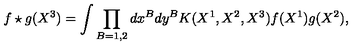
f \star g ( X ^ { 3 } ) = \int \prod _ { B = 1 , 2 } d x ^ { B } d y ^ { B } K ( X ^ { 1 } , X ^ { 2 } , X ^ { 3 } ) f ( X ^ { 1 } ) g ( X ^ { 2 } ) ,